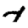
Digit: 7